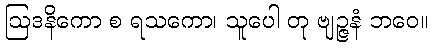
ဩဒနိကော စ ရသကော၊ သူပေါ တု ဗျဉ္ဇနံ ဘဝေ။